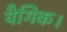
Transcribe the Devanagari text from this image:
यैगिक।